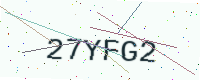
Text: 27YFG2